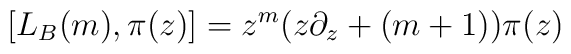
[L_B(m),\pi(z)] = z^m(z\partial_z + (m+1))\pi(z)